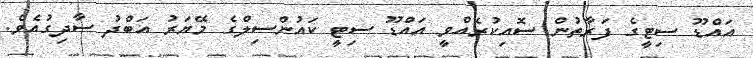
އައްޑޫ ސިޓީގެ ފަރާތުން ސޮއިކުރެއްވީ އައްޑޫ ސިޓީ ކައުންސިލްގެ މޭޔަރު އަބްދު ސާދިގުއެވެ.